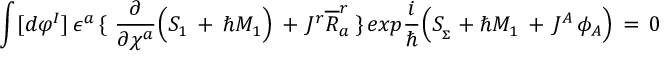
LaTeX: \int [ d \varphi ^ { I } ] \, \epsilon ^ { a } \, \lbrace \, \, { \frac { \partial } { \partial \chi ^ { a } } } \Big ( S _ { 1 } \, + \, \hbar M _ { 1 } \Big ) \, + \, J ^ { r } { \overline { { R } } } _ { a } ^ { r } \, \rbrace \, e x p { \frac { i } { \hbar } } \Big ( S _ { _ \Sigma } + \hbar M _ { 1 } \, + \, J ^ { A } \, \phi _ { A } \Big ) \, = \, 0